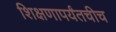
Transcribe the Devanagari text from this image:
शिक्षणापर्यंतचीच